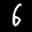
Label: 6